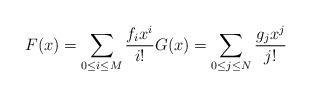
LaTeX: \begin{align*} F(x) = \sum_{0 \leq i \leq M} \frac{f_i x^i}{i!} G(x) = \sum_{0 \leq j \leq N} \frac{g_j x^j}{j!}\end{align*}